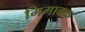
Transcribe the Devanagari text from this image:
गिगाबक